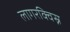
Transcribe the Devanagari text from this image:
लागरक्विस्न